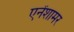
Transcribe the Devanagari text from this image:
एनेंशामर